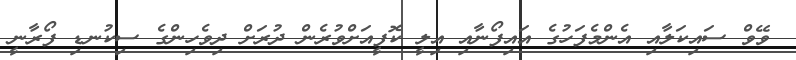
ވޭވް ސައިކަލާއި އެންމެފަހުގެ އައިފޯނާއި އިލީ ކޮފީއަށްވުރެން ދުރަށް ދިވެހިންގެ ސިކުނޑި ފޯރާނީ